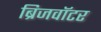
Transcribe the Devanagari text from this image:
ब्रिजवॉटर